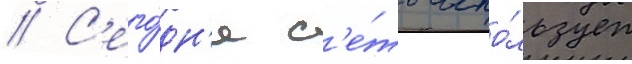
// С'его́дн'я с'е́ть испо́льзует